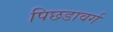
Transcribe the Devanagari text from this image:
पिछडावर्ग